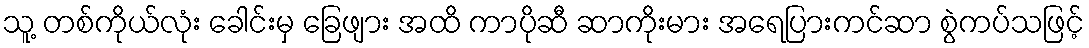
သူ့ တစ်ကိုယ်လုံး ခေါင်းမှ ခြေဖျား အထိ ကာပိုဆီ ဆာကိုးမား အရေပြားကင်ဆာ စွဲကပ်သဖြင့်